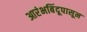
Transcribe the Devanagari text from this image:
आरंभबिंदूपासून